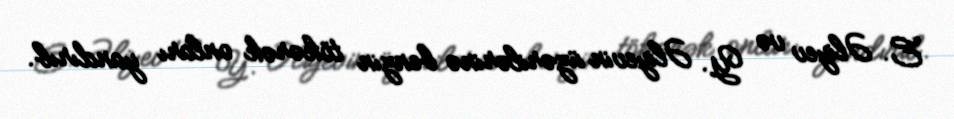
E. Əliyev və Y. Əliyevin üzərilərinə benzin tökərək onları yandırıb.